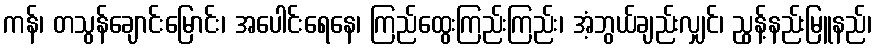
ကန်၊ တသွန်ချောင်းမြောင်း၊ အပေါင်းရေနေ၊ ကြည်ထွေးကြည်းကြည်း၊ အံ့ဘွယ်ချည်းလျှင်၊ ညွန့်နည်းမြူနည်၊